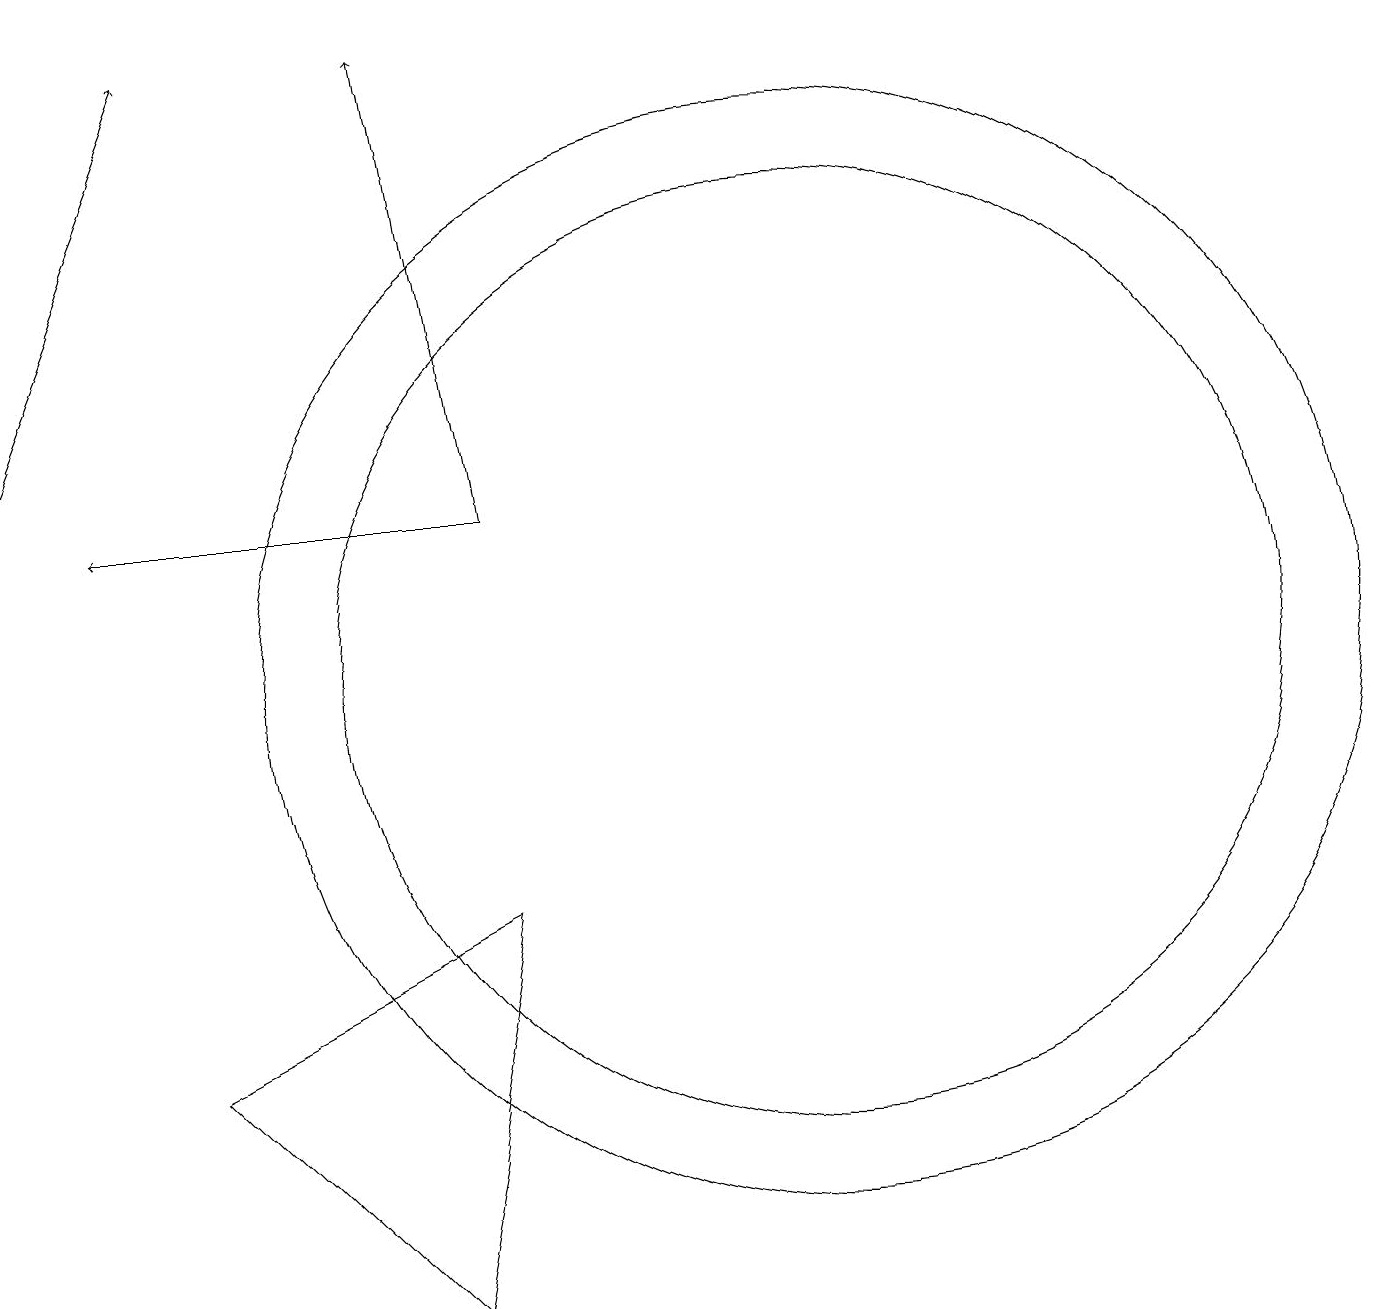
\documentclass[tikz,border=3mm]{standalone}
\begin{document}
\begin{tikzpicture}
\draw (4,5) -- (7,2) -- (8,7) -- cycle;
\draw[->] (2,13) -- (4,18);
\draw (12,10) circle (7);
\draw[->] (8,12) -- (7,18);
\draw (12,10) circle (6);
\draw[->] (8,12) -- (3,12);
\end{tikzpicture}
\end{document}